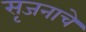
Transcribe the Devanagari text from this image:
सृजनाचे